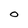
Character: O